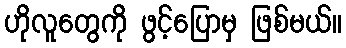
ဟိုလူတွေကို ဖွင့်ပြောမှ ဖြစ်မယ်။